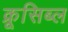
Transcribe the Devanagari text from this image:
क्रूसिब्ल